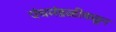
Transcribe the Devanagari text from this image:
पंचमंडळीकडून